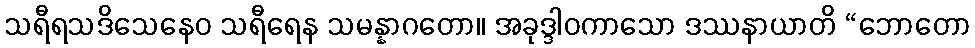
သရီရသဒိသေနေဝ သရီရေန သမန္နာဂတော။ အခုဒ္ဒါဝကာသော ဒဿနာယာတိ “ဘောတော